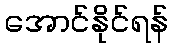
အောင်နိုင်ရန်